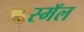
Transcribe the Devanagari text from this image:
स्मॅल